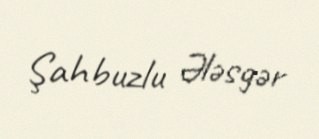
Şahbuzlu Ələsgər